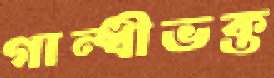
গান্ধীভক্ত